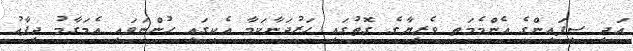
އަދި ސިފައިންގެ އެންމެމަތީ ވެރިޔާގެ ގޮތުގައި ހަރުދަނާކަމާ އެކީގައި ހުންނަވައި އެމަގާމު ދިފާޢު